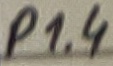
Text: P1.4